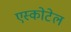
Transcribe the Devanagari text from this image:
एस्कोटेल